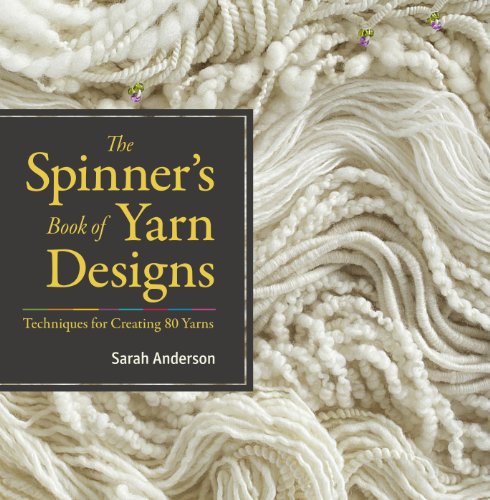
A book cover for The Spinner's Book of Yarn Designs: Techniques for Creating 80 Yarns; Sarah Anderson; Crafts, Hobbies & Home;